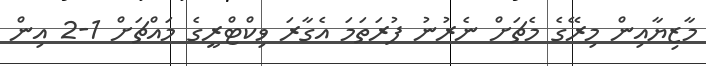
މާޒިޔާއިން މިރޭގެ މެޗަށް ނެރުނު ފުރަތަމަ އެގާރަ ވިކްޓްރީގެ މައްޗަށް 1-2 އިން